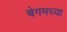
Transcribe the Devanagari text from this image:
बेगमच्या